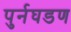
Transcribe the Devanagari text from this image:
पुर्नघडण